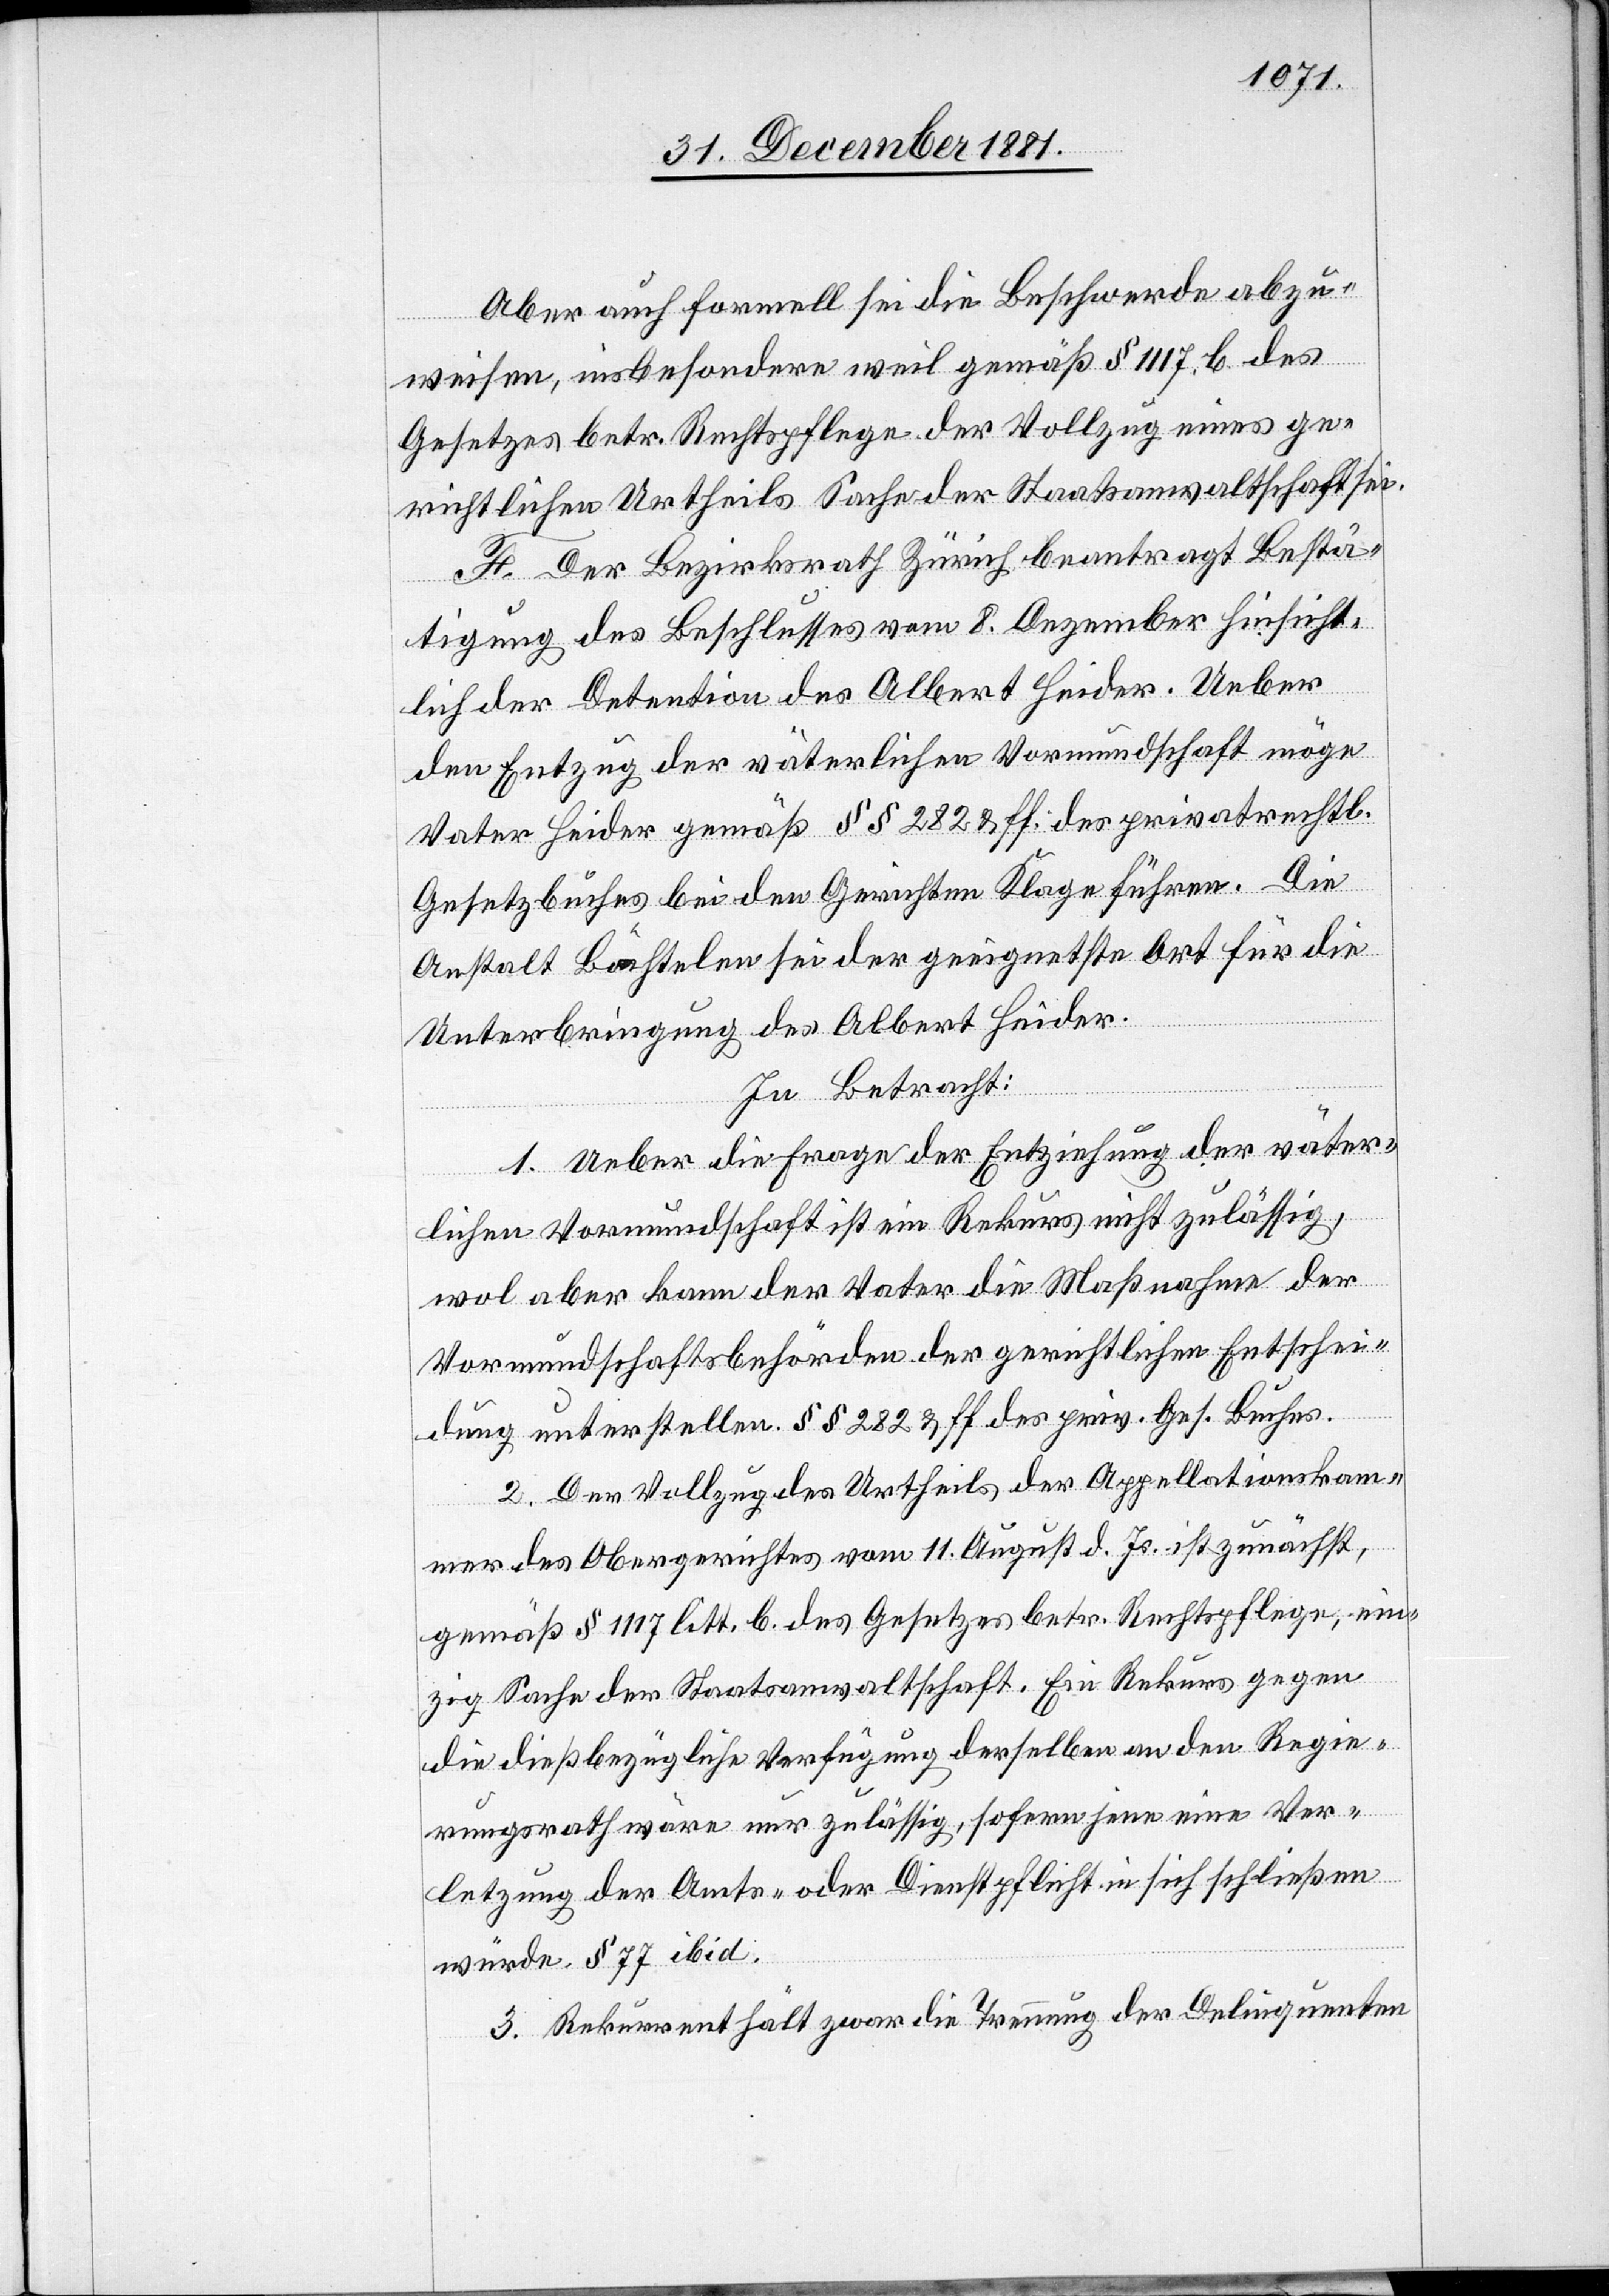
Aber auch formell sei die Beschwerde abzu¬
weisen, insbesondere weil gemäß § 1117 b. des
Gesetzes betr. Rechtspflege der Vollzug eines ge¬
richtlichen Urtheils Sache der Staatsanwaltschaft sei.
F. Der Bezirksrath Zürich beantragt Bestä¬
tigung des Beschlusses vom 8. Dezember hinsicht¬
lich der Detention des Albert Heider. Ueber
den Entzug der väterlichen Vormundschaft möge
Vater Heider gemäß §§ 282 & ff. des privatrechtl.
Gesetzbuches bei den Gerichten Klage führen. Die
Anstalt Bächtelen sei der geeignetste Ort für die
Unterbringung des Albert Heider.
In Betracht:
1. Ueber die Frage der Entziehung der väter¬
lichen Vormundschaft ist ein Rekurs nicht zulässig,
wol aber kann der Vater die Maßnahme der
Vormundschaftsbehörden der gerichtlichen Entschei¬
dung unterstellen. §§ 282 & ff. des priv. Ges. Buches.
2. Den Vollzug des Urtheils der Appellationskam¬
mer des Obergerichtes vom 11. August d. Js. ist zunächst,
gemäß § 1117 litt. b. des Gesetzes betr. Rechtspflege, ein¬
zig Sache der Staatsanwaltschaft. Ein Rekurs gegen
die dießbezügliche Verfügung derselben an den Regie¬
rungsrath wäre nur zulässig, sofern jene eine Ver¬
letzung der Amts- oder Dienstpflicht in sich schließen
würde, § 77 ibis.
3. Rekurrent hält zwar die Trennung der Delinquenten